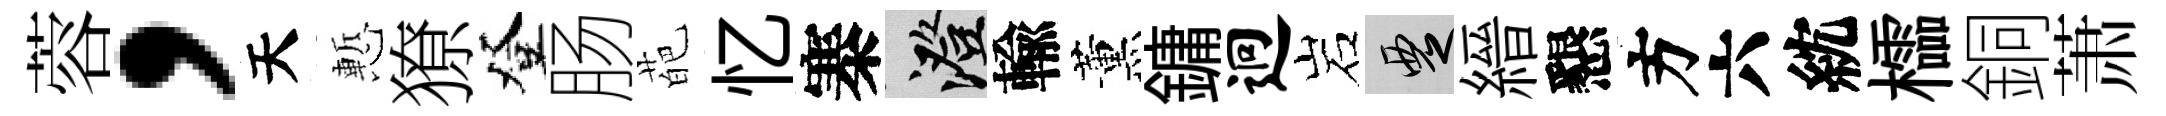
蓉，天慙獠登肠葩忆寨澄輸薰鏞迥岩覂縉懇方六紞櫺銅萧